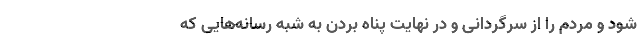
شود و مردم را از سرگردانی و در نهایت پناه بردن به شبه رسانه‌هایی که